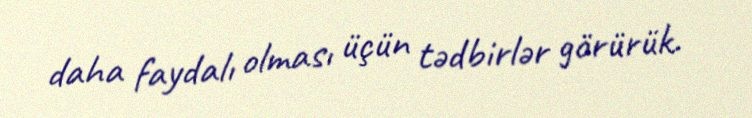
daha faydalı olması üçün tədbirlər görürük.